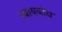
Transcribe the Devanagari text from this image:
न्यायबोध